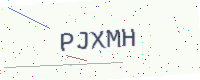
Text: PJXMH